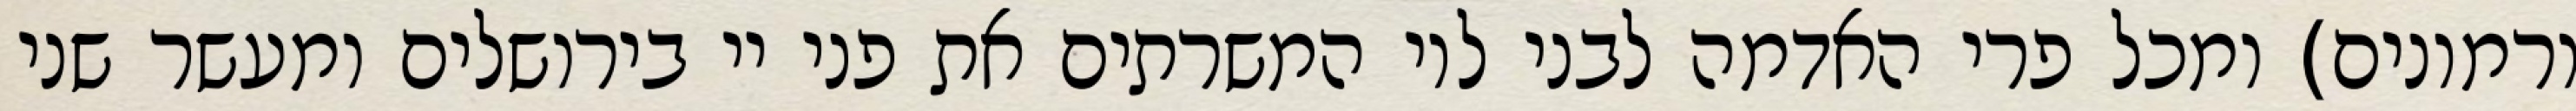
ורמונים) ומכל פרי האדמה לבני לוי המשרתים את פני יי בירושלים ומעשר שני